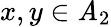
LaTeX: x,y\in\mathit{A}_{2}